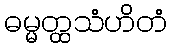
ဓမ္မတ္ထသံဟိတံ